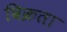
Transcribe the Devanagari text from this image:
विक्रता